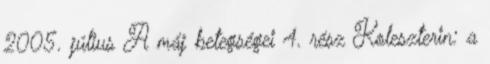
2005. július A máj betegségei 4. rész Koleszterin: a